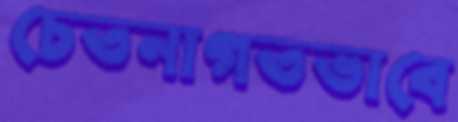
চেতনাগতভাবে